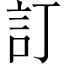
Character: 訂